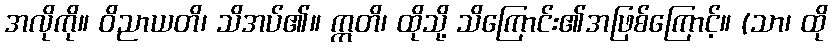
အလိုကို။ ဝိညာယတိ၊ သိအပ်၏။ ဣတိ၊ ထိုသို့ သိကြောင်း၏အဖြစ်ကြောင့်။ (သာ၊ ထို